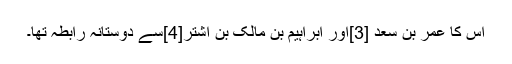
اس کا عمر بن سعد [3]اور ابراہیم بن مالک بن اشتر[4]سے دوستانہ رابطہ تھا۔